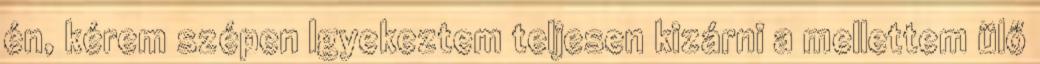
én, kérem szépen Igyekeztem teljesen kizárni a mellettem ülő